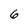
Character: 6